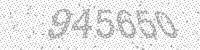
Solution: 945650